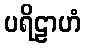
ပရိဠာဟံ